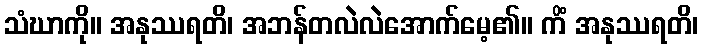
သံဃာကို။ အနုဿရတိ၊ အဘန်တလဲလဲအောက်မေ့၏။ ကိံ အနုဿရတိ၊